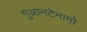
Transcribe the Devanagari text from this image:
गुआनटेनामो